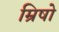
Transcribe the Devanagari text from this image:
म्रिषो